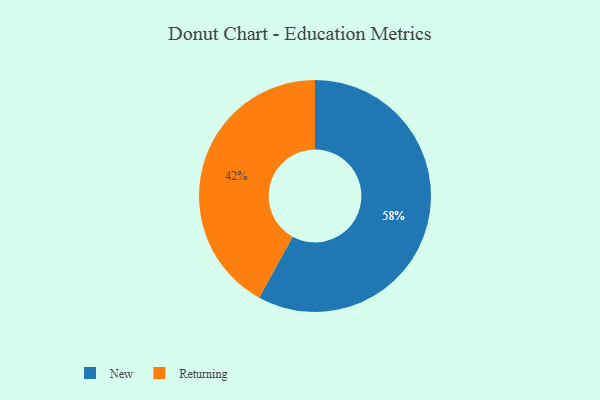
{"axis": {"x": "Category", "y": "Percentage"}, "legend": ["New", "Returning"], "data": [{"x": "New", "y": 58, "type": "New"}, {"x": "Returning", "y": 42, "type": "Returning"}]}